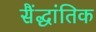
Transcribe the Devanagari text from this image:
सैंद्धांतिक